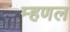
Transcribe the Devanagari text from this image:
म्हणल